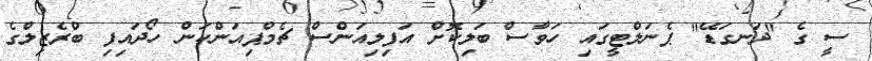
ސީ ގެ "ދަނގަޑޭ" ޕެނަލްޓީގައި ހަވާސް ބަލިކޮށް އަފިލިއަންސް ޗެމްޕިއަންކަން ހޯދައިފި ބްރެޒިލްގެ